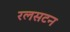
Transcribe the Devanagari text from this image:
रलसटन